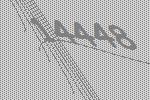
14448